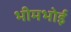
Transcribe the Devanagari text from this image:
भीमभोई